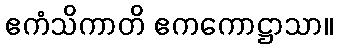
ဧကံသိကာတိ ဧကကောဋ္ဌာသာ။